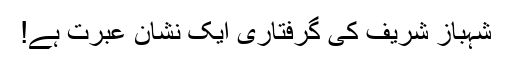
شہباز شریف کی گرفتاری ایک نشان عبرت ہے!